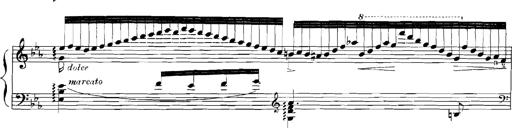
Title: Rhapsodies hongroises
Composer: Franz Liszt